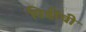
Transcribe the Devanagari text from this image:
पिडींची